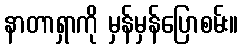
နာတာရှာကို မှန်မှန်ပြောစမ်း။